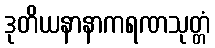
ဒုတိယနာနာကရဏသုတ္တံ